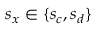
s _ { x } \in \{ s _ { c } , s _ { d } \}